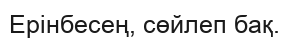
Ерінбесең, сөйлеп бақ.